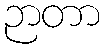
ဉာတာ